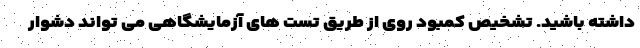
داشته باشید. تشخیص کمبود روی از طریق تست های آزمایشگاهی می تواند دشوار